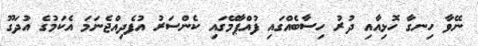
ނޭވާ ހިނގާ ހޮޅިއާއި ދުރު ހިސާބެއްގައި ފުއްޕާމޭގައި ކެންސަރު އުފެދިއްޖެނަމަ އެކަމުގެ އުދަގޫ